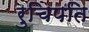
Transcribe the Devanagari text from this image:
रुचिपति